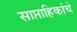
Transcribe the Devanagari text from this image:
साप्ताहिकांचे